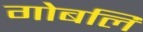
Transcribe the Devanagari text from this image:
गोबलि